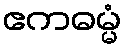
ဧကဓမ္မံ